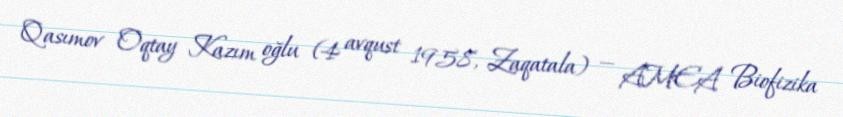
Qasımov Oqtay Kazım oğlu (4 avqust 1958, Zaqatala) — AMEA Biofizika